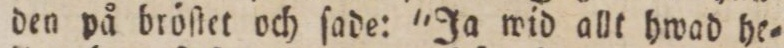
den på bröſtet och ſade: 'Ja wid allt hwad he=